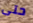
حتى